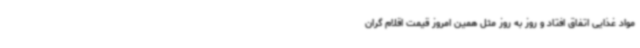
مواد غذایی اتفاق افتاد و روز به روز مثل همین امروز قیمت اقلام گران